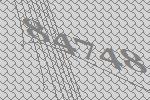
84748